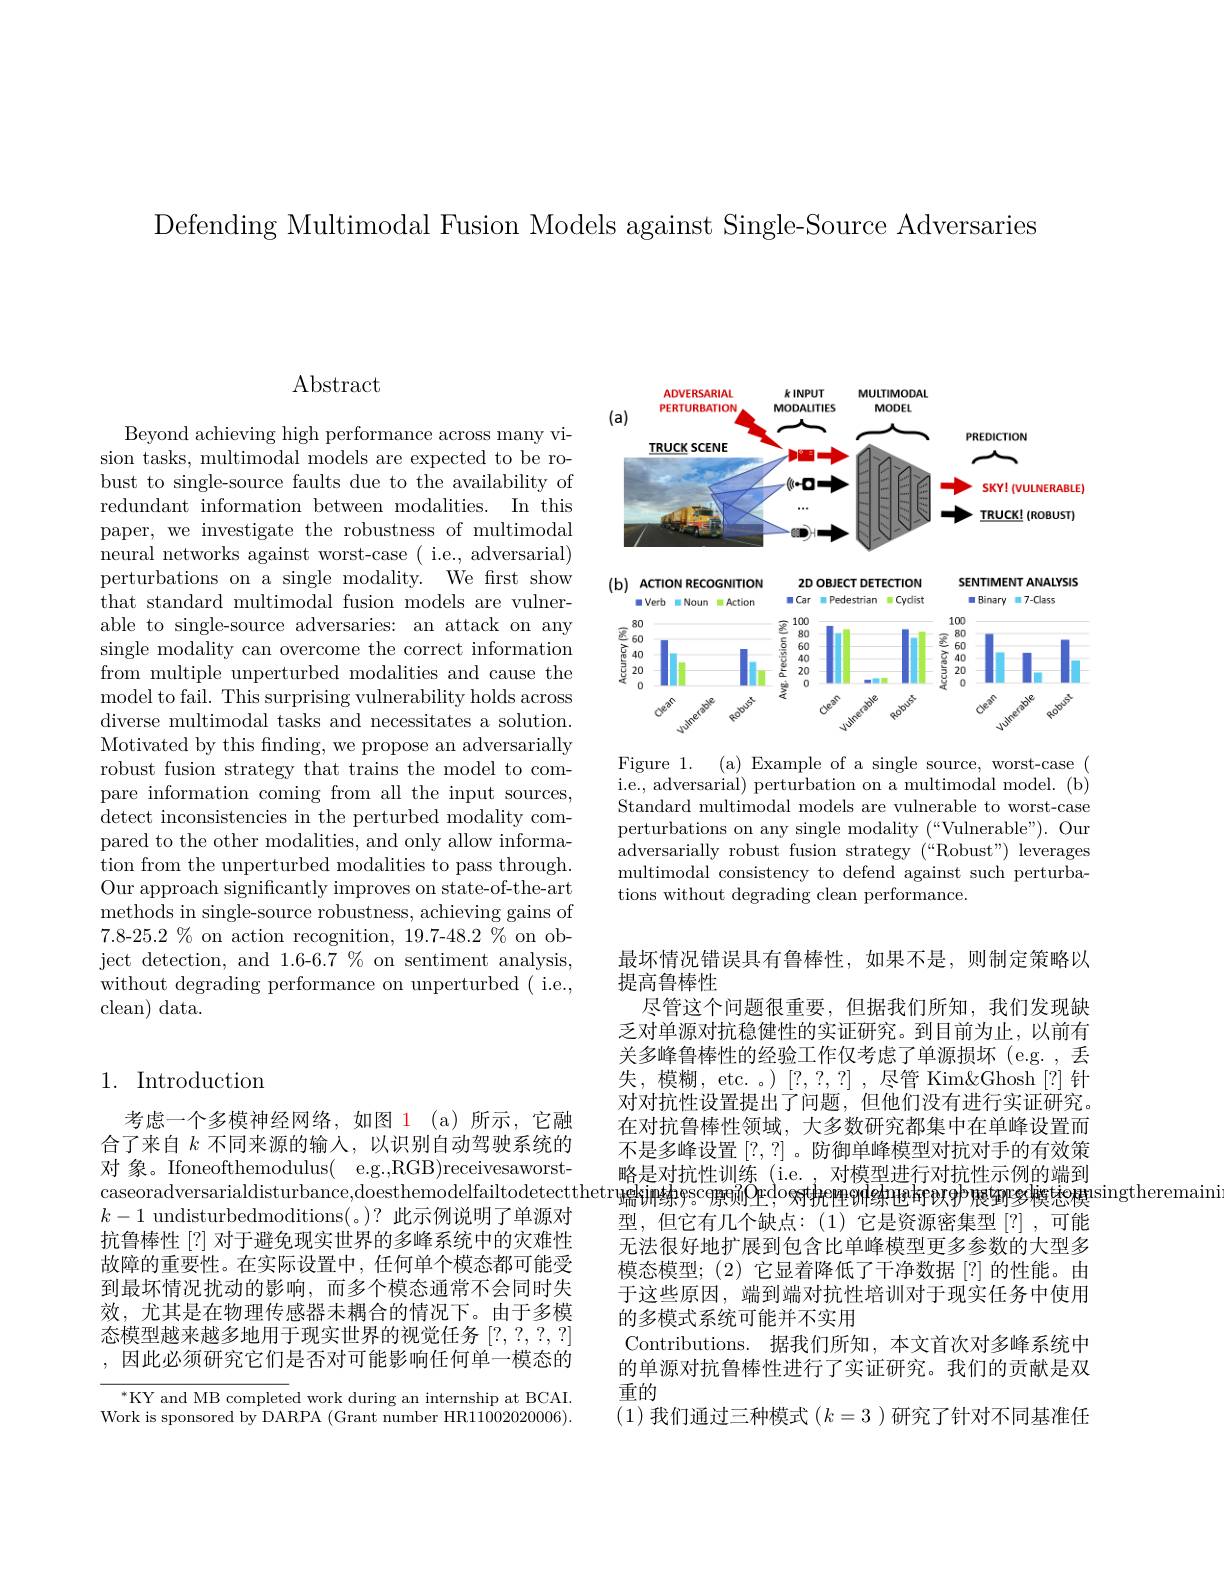
Defending Multimodal Fusion Models against Single-Source Adversaries

$\operatorname{Abstract}$

Beyond achieving high performance across many vision tasks, multimodal models are expected to be robust to single-source faults due to the availability of redundant information between modalities. In this paper, we investigate the robustness of multimodal neural networks against worst-case ( i.e., adversarial) perturbations on a single modality. We frst show that standard multimodal fusion models are vulnerable to single-source adversaries: an attack on any single modality can overcome the correct information from multiple unperturbed modalities and cause the model to fail. This surprising vulnerability holds across diverse multimodal tasks and necessitates a solution. Motivated by this finding, we propose an adversarially robust fusion strategy that trains the model to compare information coming from all the input sources, detect inconsistencies in the perturbed modality com- pared to the other modalities, and only allow information from the unperturbed modalities to pass through. Our approach significantly improves on state-of-the-art methods in single-source robustness, achieving gains of ject detection, and 1.6-6.7 % on sentiment analysis, without degrading performance on unperturbed ( i.e., clean) data.

## 1. Introduction

考虑一个多模神经网络，如图 1(a)所示，它融合了来自$k$不同来源的输入，以识别自动驾驶系统的对 象。Ifoneofthemodulus( e.g.,RGB)receivesaworst- $k-1$ undisturbedmoditions(。)?此示例说明了单源对抗鲁棒性[?] 对于避免现实世界的多峰系统中的灾难性故障的重要性。在实际设置中，任何单个模态都可能受到最坏情况扰动的影响，而多个模态通常不会同时失效，尤其是在物理传感器未耦合的情况下。由于多模态模型越来越多地用于现实世界的视觉任务[?,?,?,?] ,因此必须研究它们是否对可能影响任何单一模态的

$^{*}$KY and MB completed work during an internship at BCAI. Work is sponsored by DARPA (Grant number HR11002020006).

<FigureHere>
Figure 1. (a) Example of a single source, worst-case (

i.e., adversarial) perturbation on a multimodal model. (b) Standard multimodal models are vulnerable to worst-case perturbations on any single modality (“Vulnerable”). Our adversarially robust fusion strategy (“Robust") leverages multimodal consistency to defend against such perturbations without degrading clean performance.

最坏情况错误具有鲁棒性，如果不是，则制定策略以
提高鲁棒性
尽管这个问题很重要，但据我们所知，我们发现缺乏对单源对抗稳健性的实证研究。到目前为止，以前有关多峰鲁棒性的经验工作仅考虑了单源损坏(e.g. , 丢失，模糊，etc. 。) [?,?,?],尽管 Kim&Ghosh [?] 针对对抗性设置提出了问题，但他们没有进行实证研究。在对抗鲁棒性领域，大多数研究都集中在单峰设置而不是多峰设置[?,?] 。防御单峰模型对抗对手的有效策略是对抗性训练(i.e. 对模型进行对抗性示例的端到
caseoradversarialdisturbance,doesthemodelfailtodetectthetruse$^\text{唯定对加击则认}{\mathrm{Ped}}$os时把倒织电F019股到多模想模$^\mathrm{tsingtheremaini}$
型，但它有几个缺点：(1)它是资源密集型[?],可能无法很好地扩展到包含比单峰模型更多参数的大型多模态模型；(2) 它显着降低了干净数据[?]的性能。由于这些原因，端到端对抗性培训对于现实任务中使用的多模式系统可能并不实用
Contributions. 据我们所知，本文首次对多峰系统中的单源对抗鲁棒性进行了实证研究。我们的贡献是双重的
(1)我们通过三种模式$(k=3)$研究了针对不同基准任